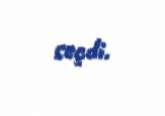
seçdi.